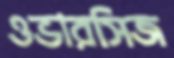
ওভারসিজ